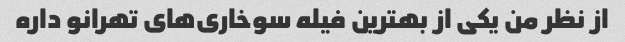
از نظر من یکی از بهترین فیله سوخاری‌های تهرانو داره